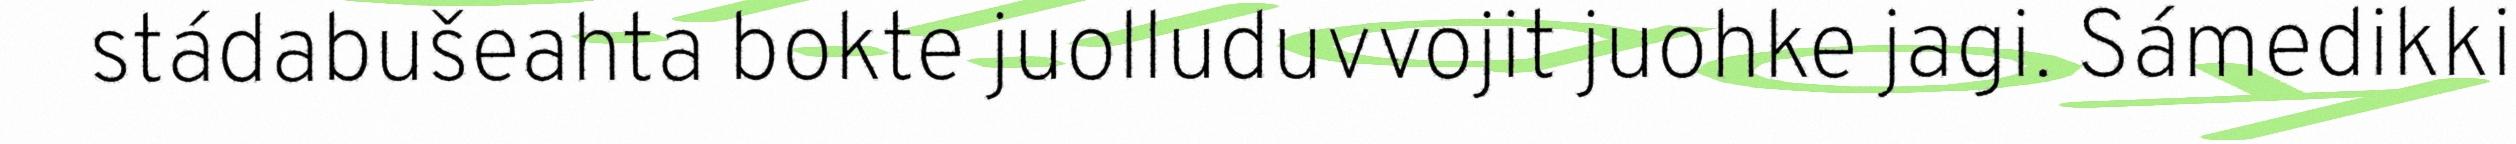
stádabušeahta bokte juolluduvvojit juohke jagi. Sámedikki